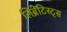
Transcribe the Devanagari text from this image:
लिब्रेटिस्ट्स